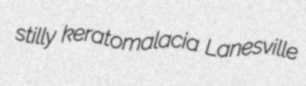
stilly keratomalacia Lanesville